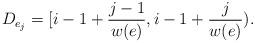
LaTeX: \begin{align*}D_{e_j} = [i-1+\frac{j-1}{w(e)}, i-1+\frac{j}{w(e)}).\end{align*}